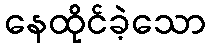
နေထိုင်ခဲ့သော